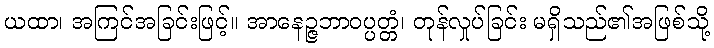
ယထာ၊ အကြင်အခြင်းဖြင့်။ အာနေဉ္ဇဘာဝပ္ပတ္တံ၊ တုန်လှုပ်ခြင်း မရှိသည်၏အဖြစ်သို့